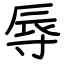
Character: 辱